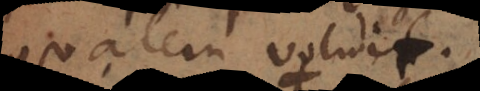
qualem voluit.